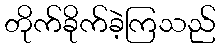
တိုက်ခိုက်ခဲ့ကြသည်